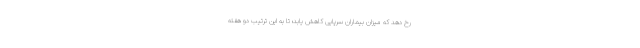
رخ دهد که میزان بیماران سرپایی کاهش یابد؛ تا به این ترتیب دو هفته